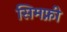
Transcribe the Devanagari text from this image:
सिमफ्नी